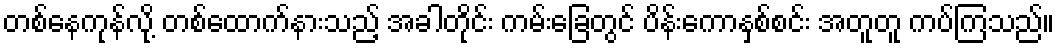
တစ်နေကုန်လို့ တစ်ထောက်နားသည့် အခါတိုင်း ကမ်းခြေတွင် ပိန်းကောနှစ်စင်း အတူတူ ကပ်ကြသည်။